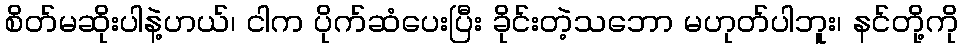
စိတ်မဆိုးပါနဲ့ဟယ်၊ ငါက ပိုက်ဆံပေးပြီး ခိုင်းတဲ့သဘော မဟုတ်ပါဘူး၊ နင်တို့ကို